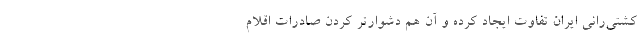
کشتی‌رانی ایران تفاوت ایجاد کرده و آن هم دشوارتر کردن صادرات اقلام